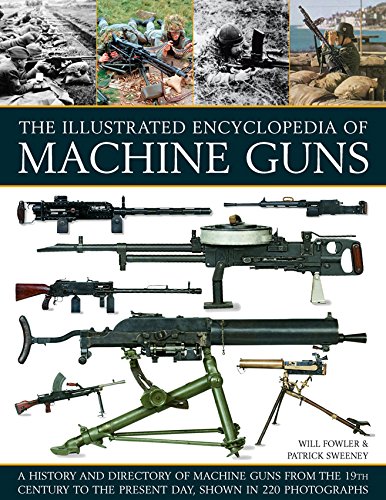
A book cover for The Illustrated Encyclopedia of Machine Guns: A History And Directory Of Machine Guns From The 19Th Century To The Present Day, Shown In 220 Photographs; Will Fowler; Reference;